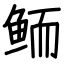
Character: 鲕